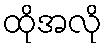
ထိုအလို